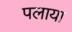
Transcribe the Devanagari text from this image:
पलाया